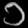
Digit: ၁